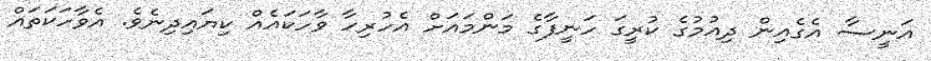
އަނީސާ އެގެއިން ދިއުމުގެ ކުރީގަ ހަނީފާގެ މަންމައަށް އެހުރިހާ ވާހަކައެއް ކިޔައިދިނެވެ. އެވާހަކަތައް